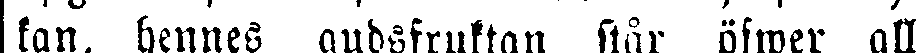
kan, hennes gudsfruktan står öfwer all